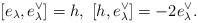
LaTeX: \begin{align*}[e_\lambda,e_\lambda^\vee]=h, \ [h,e_\lambda^\vee]=-2e_\lambda^\vee.\end{align*}